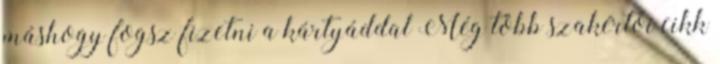
máshogy fogsz fizetni a kártyáddal Még több szakértői cikk